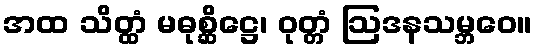
အထ သိတ္ထံ မဓုစ္ဆိဋ္ဌေ၊ ဝုတ္တံ ဩဒနသမ္ဘဝေ။